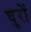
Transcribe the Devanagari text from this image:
घुरों